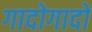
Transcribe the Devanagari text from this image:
गादोगादो